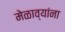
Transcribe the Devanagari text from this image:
मेळाव्यांना